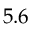
5 . 6